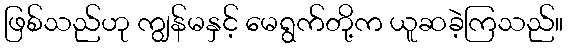
ဖြစ်သည်ဟု ကျွန်မနှင့် မေရွက်တို့က ယူဆခဲ့ကြသည်။